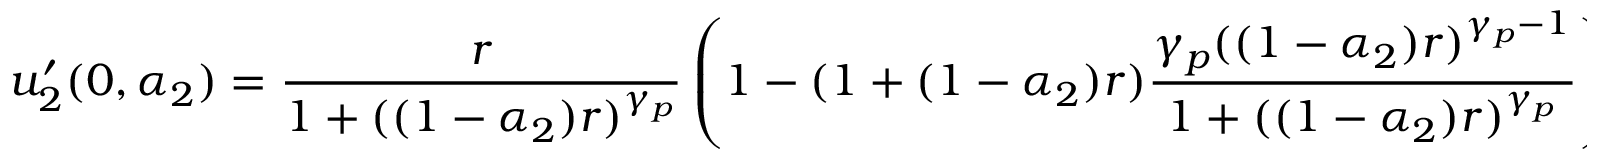
u _ { 2 } ^ { \prime } ( 0 , \alpha _ { 2 } ) = \frac { r } { 1 + ( ( 1 - \alpha _ { 2 } ) r ) ^ { \gamma _ { p } } } \left( 1 - ( 1 + ( 1 - \alpha _ { 2 } ) r ) \frac { \gamma _ { p } ( ( 1 - \alpha _ { 2 } ) r ) ^ { \gamma _ { p } - 1 } } { 1 + ( ( 1 - \alpha _ { 2 } ) r ) ^ { \gamma _ { p } } } \right) \; ;